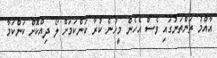
އާއްމު ތަންތަނުގައި ވެސް އެހެން މީހުން ކުރާ ކަންކަމަށް ލޯ ދިއްކޮށް ކަންކަމާ